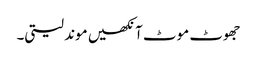
جھوٹ موٹ آنکھیں موند لیتی۔